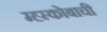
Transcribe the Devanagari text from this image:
म्ह्स्कोबाची